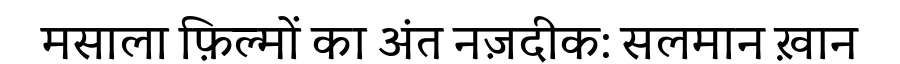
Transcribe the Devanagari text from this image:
मसाला फ़िल्मों का अंत नज़दीक: सलमान ख़ान